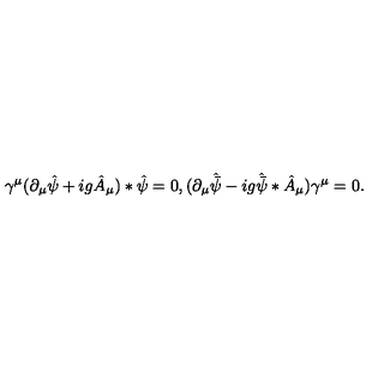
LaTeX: \gamma ^ { \mu } ( \partial _ { \mu } \hat { \psi } + i g \hat { A } _ { \mu } ) * \hat { \psi } = 0 , ( \partial _ { \mu } \hat { \bar { \psi } } - i g \hat { \bar { \psi } } * \hat { A } _ { \mu } ) \gamma ^ { \mu } = 0 .